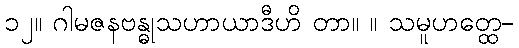
၁၂။ ဂါမဇနဗန္ဓုသဟာယာဒီဟိ တာ။ ။ သမူဟတ္ထေ-